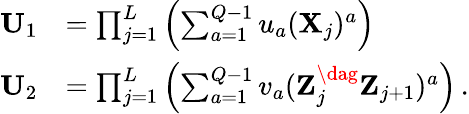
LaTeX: \begin{array}{rl}{\mathbf{U}_{1}}&{=\prod_{j=1}^{L}\left(\sum_{a=1}^{Q-1}u_{a}(\mathbf{X}_{j})^{a}\right)}\\ {\mathbf{U}_{2}}&{=\prod_{j=1}^{L}\left(\sum_{a=1}^{Q-1}v_{a}(\mathbf{Z}_{j}^{\dag}\mathbf{Z}_{j+1})^{a}\right)\, .}\end{array}